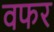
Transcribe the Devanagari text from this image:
वफर